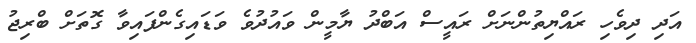
އަދި ދިވެހި ރައްޔިތުންނަށް ރައީސް އަބްދު ޔާމީން ވައުދުވެ ވަޑައިގެންފައިވާ ގޮތަށް ބްރިޖު